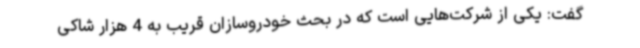
گفت: یکی از شرکت‌هایی است که در بحث خودروسازان قریب به 4 هزار شاکی